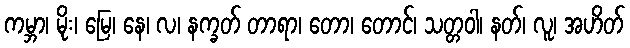
ကမ္ဘာ၊ မိုး၊ မြေ၊ နေ၊ လ၊ နက္ခတ် တာရာ၊ တော၊ တောင်၊ သတ္တဝါ၊ နတ်၊ လူ၊ အဟိတ်